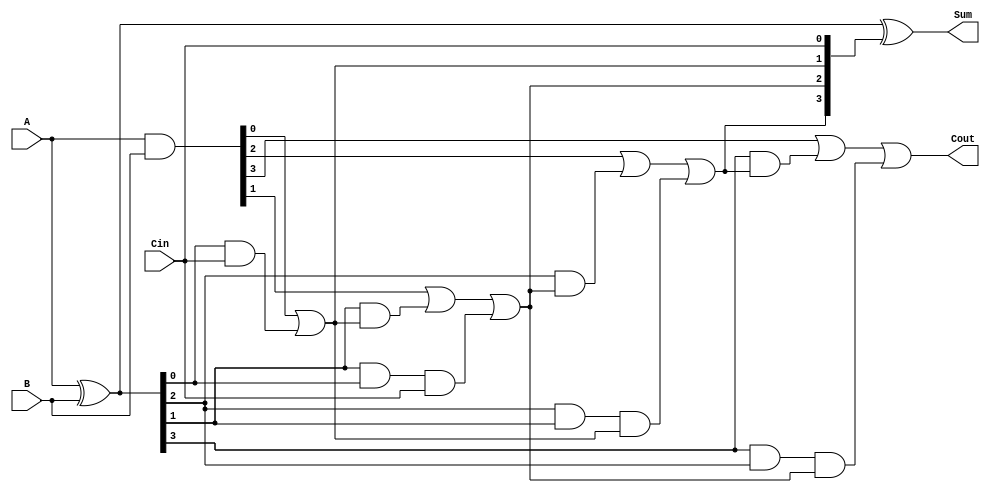
module RCLA #(parameter n = 4) (
    input  [n-1:0] A,      // First n-bit input
    input  [n-1:0] B,      // Second n-bit input
    input          Cin,     // Carry-in
    output [n-1:0] Sum,     // n-bit Sum output
    output         Cout      // Carry-out
);

    // Generate and Propagate signals
    wire [n-1:0] G; // Generate signals
    wire [n-1:0] P; // Propagate signals
    wire [n:0] C;   // Carry signals

    // Generate and Propagate logic
    assign G = A & B;         // G[i] = A[i] & B[i]
    assign P = A ^ B;         // P[i] = A[i] ^ B[i]

    // Carry signals calculation
    assign C[0] = Cin;        // C[0] = Cin
    genvar i;
    generate
        for (i = 0; i < n; i = i + 1) begin : carry_calc
            if (i == 0) begin
                assign C[i + 1] = G[i] | (P[i] & C[i]); // C[1] = G[0] | (P[0] & Cin)
            end else begin
                assign C[i + 1] = G[i] | (P[i] & C[i]) | (P[i] & P[i-1] & C[i-1]); // C[i+1] = G[i] | (P[i] & C[i]) | (P[i] & P[i-1] & C[i-1])
            end
        end
    endgenerate

    // Sum calculation
    assign Sum = P ^ C[n-1:0]; // Sum[i] = P[i] ^ C[i]

    // Carry-out
    assign Cout = C[n]; // Cout = C[n]

endmodule